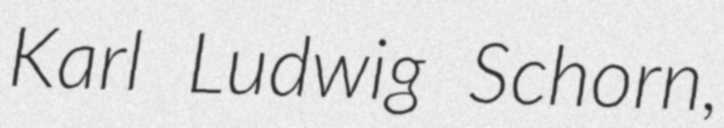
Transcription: Karl Ludwig Schorn,